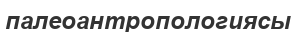
палеоантропологиясы